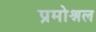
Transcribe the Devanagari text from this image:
प्रमोश्नल